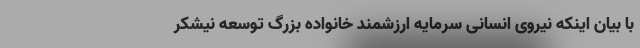
با بیان اینکه نیروی انسانی سرمایه ارزشمند خانواده بزرگ توسعه نیشکر